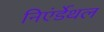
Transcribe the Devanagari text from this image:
निएंर्डेथल